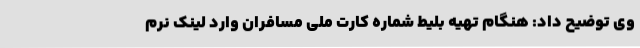
وی توضیح داد: هنگام تهیه بلیط شماره کارت ملی مسافران وارد لینک نرم